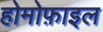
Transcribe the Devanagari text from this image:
होमोफ़ाइल